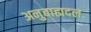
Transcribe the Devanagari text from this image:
अनुबाह्यदल